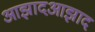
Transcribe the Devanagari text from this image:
आझादआझाद